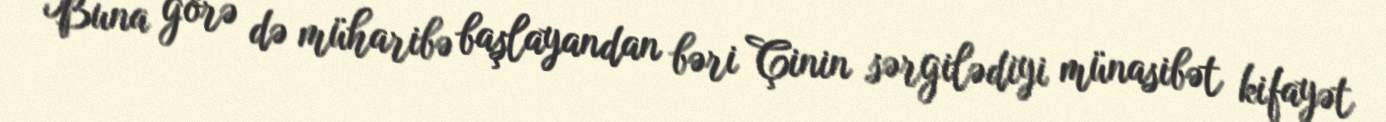
Buna görə də müharibə başlayandan bəri Çinin sərgilədiyi münasibət kifayət